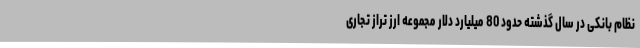
نظام بانکی در سال گذشته حدود 80 میلیارد دلار مجموعه ارز تراز تجاری